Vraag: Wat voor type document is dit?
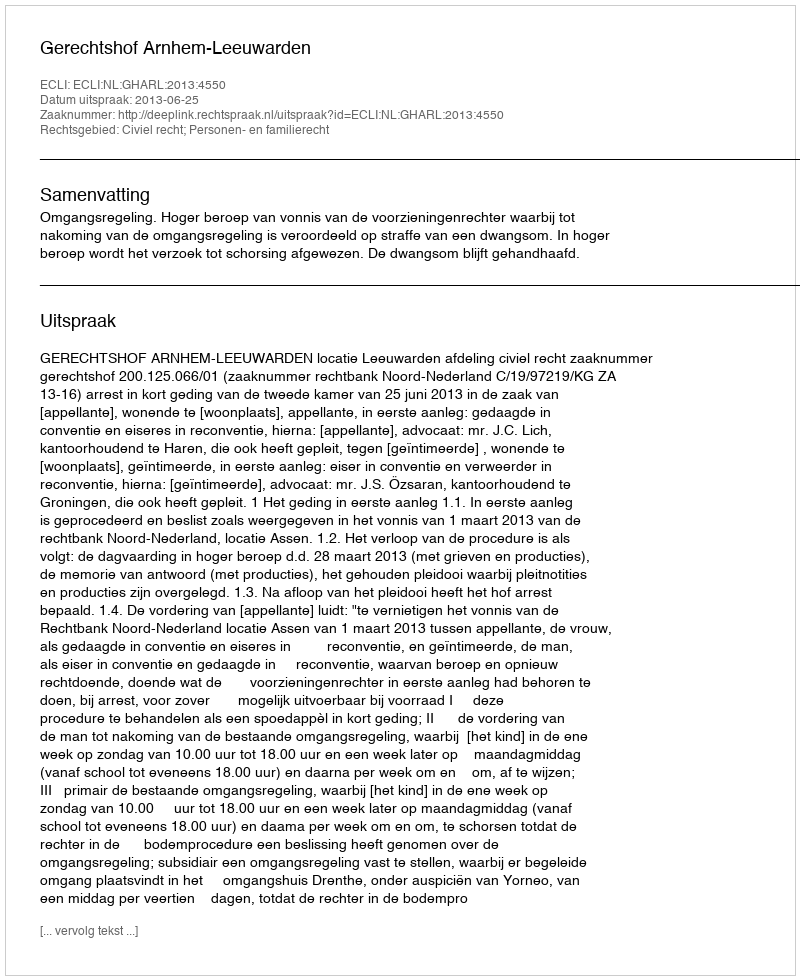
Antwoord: Uitspraak